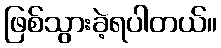
ဖြစ်သွားခဲ့ရပါတယ်။